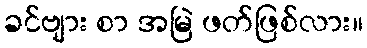
ခင်ဗျား စာ အမြဲ ဖတ်ဖြစ်လား။